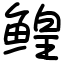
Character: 鳇